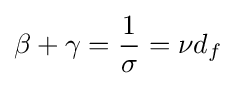
\beta +\gamma ={\frac {1}{\sigma }}=\nu d_{f}\,\!